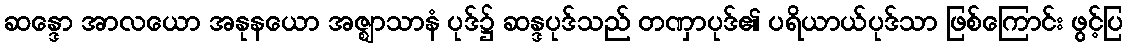
ဆန္ဒော အာလယော အနုနယော အဇ္ဈာသာနံ ပုဒ်၌ ဆန္ဒပုဒ်သည် တဏှာပုဒ်၏ ပရိယာယ်ပုဒ်သာ ဖြစ်ကြောင်း ဖွင့်ပြ